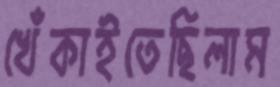
খেঁকাইতেছিলাম